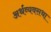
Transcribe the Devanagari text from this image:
अर्थव्यवसथा